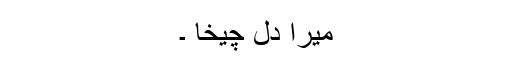
میرا دل چیخا ۔